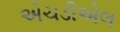
એચડીએલ